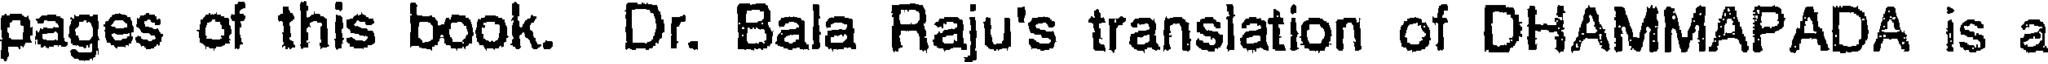
pages of this book. Dr. Bala Raju's translation of DHAMMAPADA is a